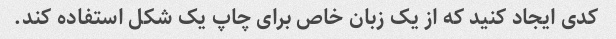
کدی ایجاد کنید که از یک زبان خاص برای چاپ یک شکل استفاده کند.